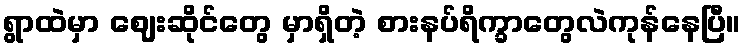
ရွာထဲမှာ ဈေးဆိုင်တွေ မှာရှိတဲ့ စားနပ်ရိက္ခာတွေလဲကုန်နေပြီ။